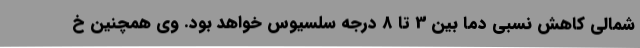
شمالی کاهش نسبی دما بین 3 تا 8 درجه سلسیوس خواهد بود. وی همچنین خ